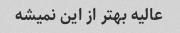
عالیه بهتر از این نمیشه